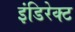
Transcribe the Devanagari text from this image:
इंडिरेक्ट